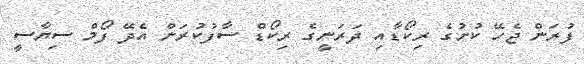
ފުރަން ޖެހޭ ކުށުގެ ރިކޯޑާއި ދަރަނީގެ ރިކޯޑް ސާފުކުރަން އެދޭ ފޯމް ސިޔާސީ